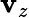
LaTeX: \mathbf{v}_{z}